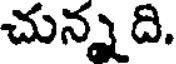
చున్న ది.